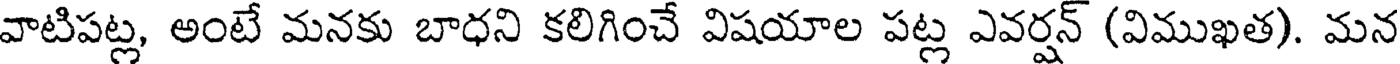
వాటిపట్ల, అంటే మనకు బాధని కలిగించే విషయాల పట్ల ఎవర్షన్ (విముఖత). మన